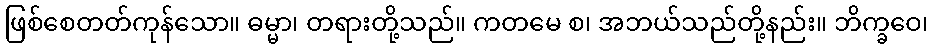
ဖြစ်စေတတ်ကုန်သော။ ဓမ္မာ၊ တရားတို့သည်။ ကတမေ စ၊ အဘယ်သည်တို့နည်း။ ဘိက္ခဝေ၊